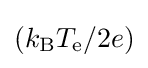
(k_{\mathrm {B} }T_{\mathrm {e} }/2e)